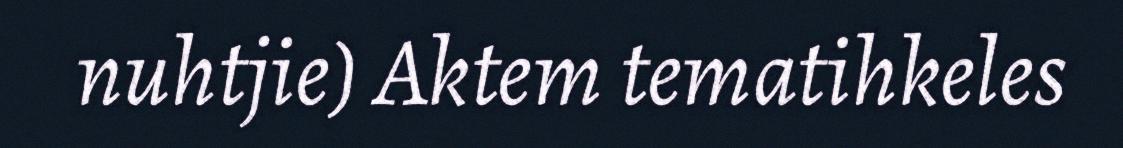
nuhtjie) Aktem tematihkeles